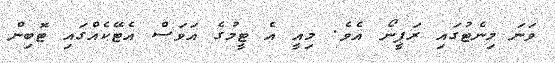
ވަނަ މިނެޓުގައި ރަޕީނޯ އެވެ. މިއީ އެ ޓީމުގެ އަވަސް އެޓޭކެއްގައި ޓޮބިން